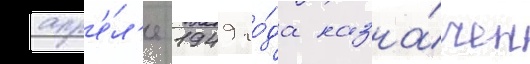
апр'е́л'е 1949 го́да назна́чен